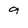
Character: 9